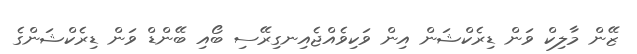
ޒޭން މާލިކް ވަން ޑިރެކްޝަން އިން ވަކިވެއްޖެއިނގިރޭސި ބޯއި ބޭންޑް ވަން ޑިރެކްޝަންގެ